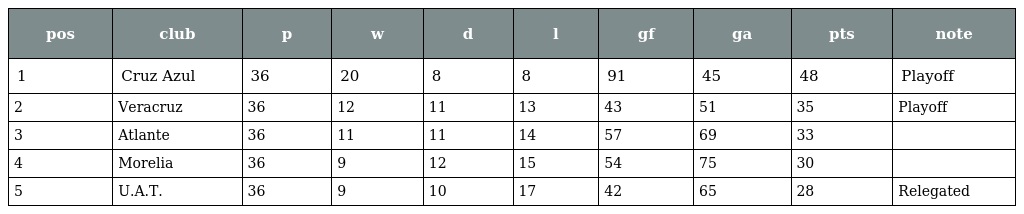
| pos | club | p | w | d | l | gf | ga | pts | note |
 | --- | --- | --- | --- | --- | --- | --- | --- | --- | --- |
 | 1 | Cruz Azul | 36 | 20 | 8 | 8 | 91 | 45 | 48 | Playoff |
 | 2 | Veracruz | 36 | 12 | 11 | 13 | 43 | 51 | 35 | Playoff |
 | 3 | Atlante | 36 | 11 | 11 | 14 | 57 | 69 | 33 |  |
 | 4 | Morelia | 36 | 9 | 12 | 15 | 54 | 75 | 30 |  |
 | 5 | U.A.T. | 36 | 9 | 10 | 17 | 42 | 65 | 28 | Relegated |